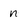
Character: n